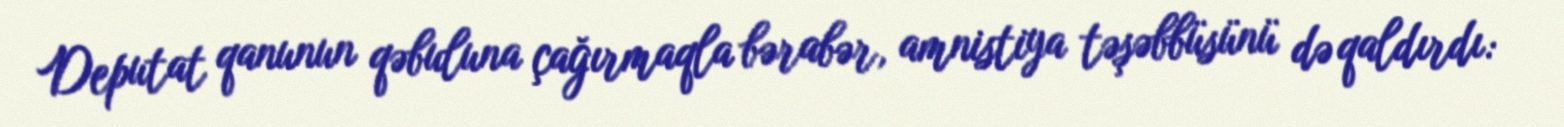
Deputat qanunun qəbuluna çağırmaqla bərabər, amnistiya təşəbbüsünü də qaldırdı: